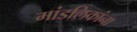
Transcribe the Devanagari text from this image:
मांडलिकांना